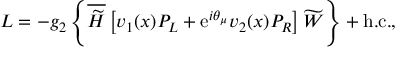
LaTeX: { \cal L } = - g _ { 2 } \left\{ \overline { { { \widetilde { H } } } } \left[ v _ { 1 } ( x ) P _ { L } + \mathrm { e } ^ { i \theta _ { \mu } } v _ { 2 } ( x ) P _ { R } \right] \widetilde { W } \right\} + \mathrm { h . c . } ,